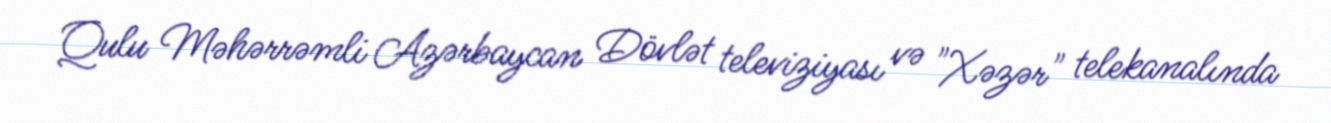
Qulu Məhərrəmli Azərbaycan Dövlət televiziyası və "Xəzər" telekanalında